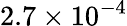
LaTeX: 2.7\times 10^{-4}